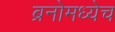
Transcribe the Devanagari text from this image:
ब्रनोमध्येच